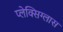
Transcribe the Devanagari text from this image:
प्लेक्सिग्लास